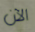
الآن